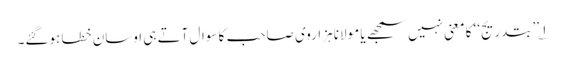
۱؎ ’’بتدریج‘‘ کا معنی نہیں سمجھے یا مولانا ہزاروی صاحب کا سوال آتے ہی اوسان خطا ہوگئے۔